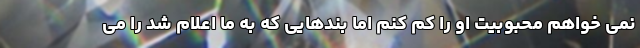
نمی خواهم محبوبیت او را کم کنم اما بندهایی که به ما اعلام شد را می